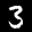
Label: 3